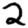
Digit: 2